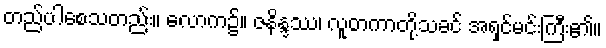
တည်ပါစေသတည်း။ လောက၌။ ဇနိန္ဒဿ၊ လူတကာတို့သခင် အရှင်မင်းကြီး၏။